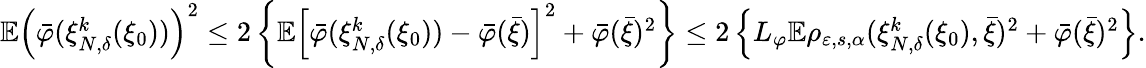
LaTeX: \begin{array}{r}{\mathbb{E}\left(\bar{\varphi}(\xi_{N,\delta}^{k}(\xi_{0}))\right)^{2}\leq 2\left\{ \mathbb{E}\left[\bar{\varphi}(\xi_{N,\delta}^{k}(\xi_{0}))-\bar{\varphi}(\bar{\xi})\right]^{2}+\bar{\varphi}(\bar{\xi})^{2}\right\} \leq 2\left\{ L_{\varphi}\mathbb{E}\rho_{\varepsilon,s,\alpha}(\xi_{N,\delta}^{k}(\xi_{0}),\bar{\xi})^{2}+\bar{\varphi}(\bar{\xi})^{2}\right\} .}\end{array}